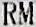
RM